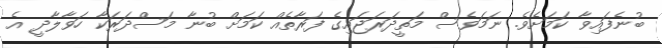
ބުނެފައިވާ ކަމަށެވެ. ނަމަވެސް މަތީދަރަޖައިގެ ފަރާތެއް ކަމަށް ބުނާ މަސްދަރަކާ ހަވާލާދީ އެ